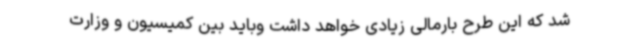
شد که این طرح بارمالی زیادی خواهد داشت وباید بین کمیسیون و وزارت